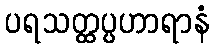
ပရသတ္ထပ္ပဟာရာနံ